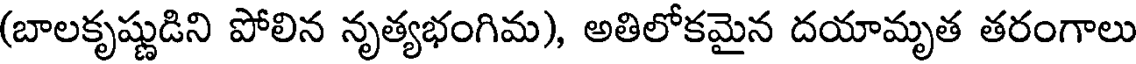
(బాలకృష్ణుడిని పోలిన నృత్యభంగిమ), అతిలోకమైన దయామృత తరంగాలు